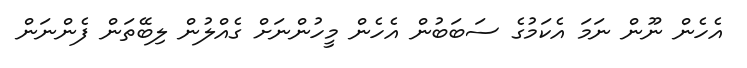
އެހެން ނޫން ނަމަ އެކަމުގެ ސަބަބުން އެހެން މީހުންނަށް ގެއްލުން ލިބޭތަން ފެންނަން